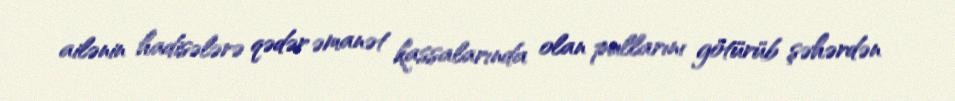
ailənin hadisələrə qədər əmanət kassalarında olan pullarını götürüb şəhərdən